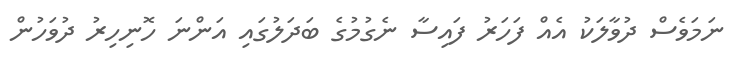
ނަމަވެސް ދުވާލަކު އެއް ފަހަރު ފައިސާ ނެގުމުގެ ބަދަލުގައި އަންނަ ހޮނިހިރު ދުވަހުން